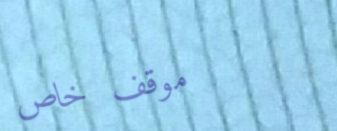
موقف خاص